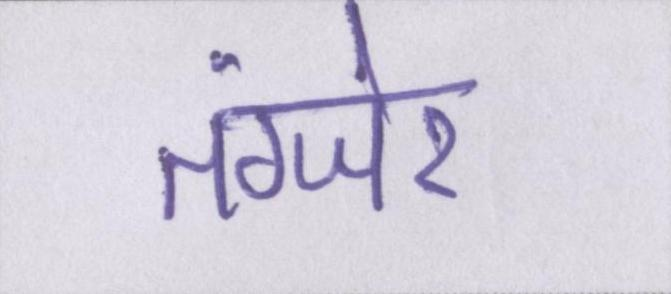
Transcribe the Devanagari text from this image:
तंग्जेर